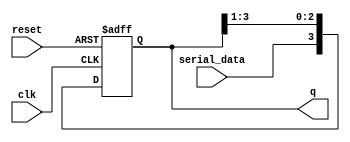
module sipo (clk,q,reset,serial_data);

input clk, reset, serial_data;
output reg [3:0]q;

always @(posedge clk or negedge reset) begin
    
    if (!reset) begin
        q <= 4'b0;
    end
    
    else
        q <= {serial_data, q[3:1]};

end
    
endmodule